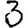
Digit: 3